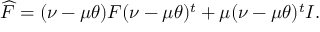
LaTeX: \widehat F = ( \nu - \mu \theta ) F ( \nu - \mu \theta ) ^ { t } + \mu ( \nu - \mu \theta ) ^ { t } I .